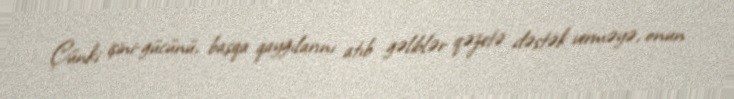
Çünki işini-gücünü, başqa qayğılarını atıb gəliblər qəzetə dəstək verməyə, onun